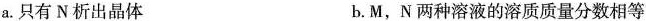
a.只有 N 析出晶体 b.M，N 两种溶液的溶质质量分数相等